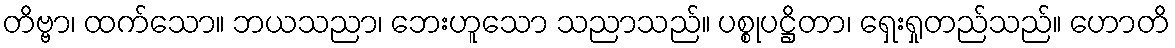
တိဗ္ဗာ၊ ထက်သော။ ဘယသညာ၊ ဘေးဟူသော သညာသည်။ ပစ္စုပဋ္ဌိတာ၊ ရှေးရှုတည်သည်။ ဟောတိ